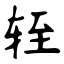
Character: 轾